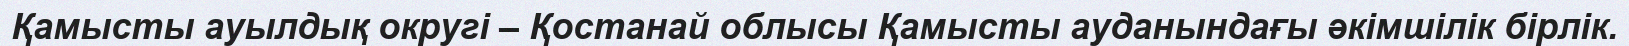
Қамысты ауылдық округі – Қостанай облысы Қамысты ауданындағы әкімшілік бірлік.